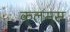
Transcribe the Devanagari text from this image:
क्लम्स